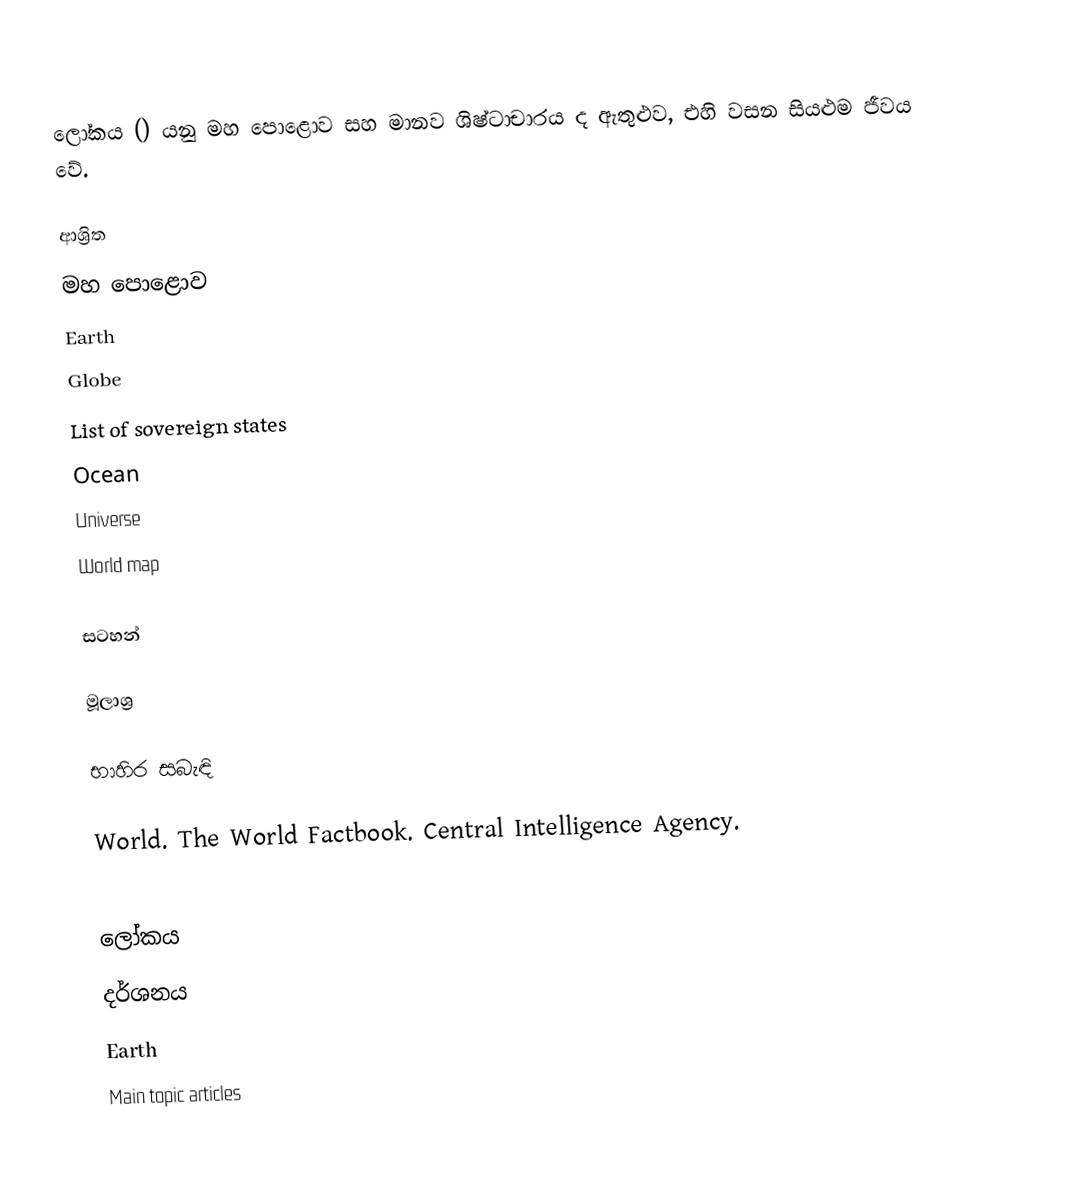
ලෝකය () යනු මහ පොළොව සහ මානව ශිෂ්ටාචාරය ද ඇතුළුව, එහි වසන සියළුම ජීවය වේ.

ආශ්‍රිත
 මහ පොළොව
 Earth
 Globe
 List of sovereign states
 Ocean
 Universe
 World map

සටහන්

මූලාශ්‍ර

භාහිර සබැඳි

 World. The World Factbook. Central Intelligence Agency.

ලෝකය
දර්ශනය
Earth
Main topic articles